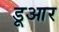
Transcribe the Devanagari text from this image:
डूआर